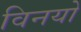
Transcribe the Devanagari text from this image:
विनयो